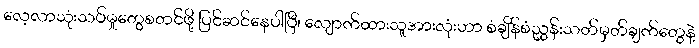
လေ့လာသုံးသပ်မှုတွေစတင်ဖို့ ပြင်ဆင်နေပါပြီ၊ လျောက်ထားသူအားလုံးဟာ စံချိန်စံညွှန်းသတ်မှတ်ချက်တွေနဲ့